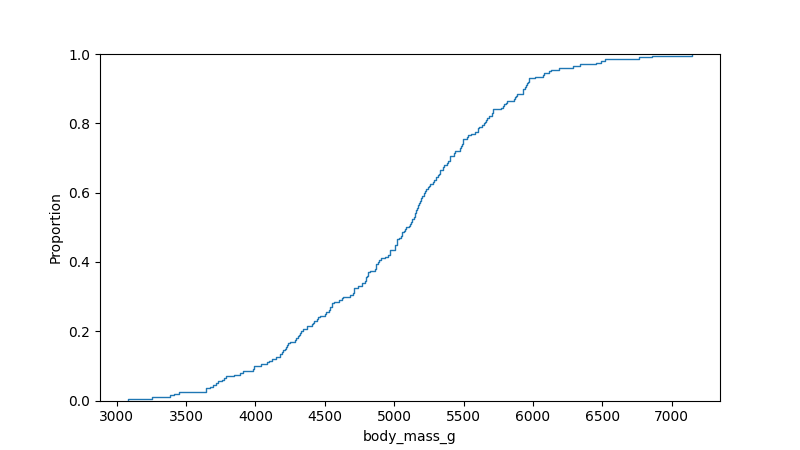
python, seaborn, ecdfplot, column='body_mass_g', hue='all', stat='proportion', linewidth=1.0